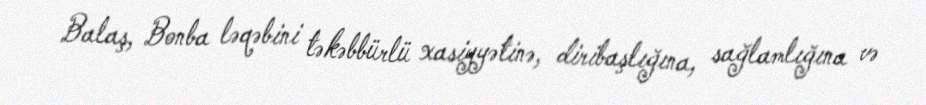
Balaş, Bonba ləqəbini təkəbbürlü xasiyyətinə, diribaşlığına, sağlamlığına və